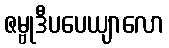
ဇမ္ဗုဒီပပေယျာလော